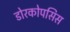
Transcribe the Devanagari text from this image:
डोरकोपसिस